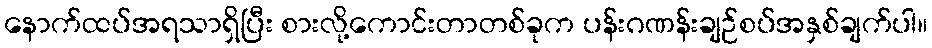
နောက်ထပ်အရသာရှိပြီး စားလို့ကောင်းတာတစ်ခုက ပန်းဂဏန်းချဉ်စပ်အနှစ်ချက်ပါ။